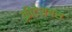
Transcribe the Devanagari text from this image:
क्रीटेशयस